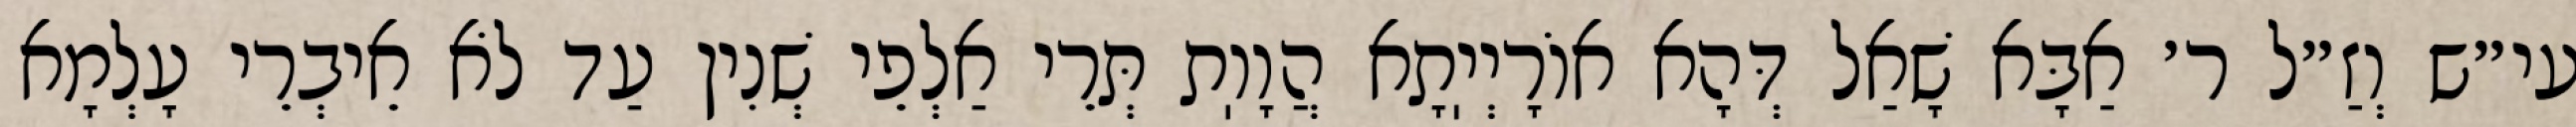
עי״ש וְזַ״ל ר׳ אַבָּא שָׁאַל דְּהָא אוֹרָיְיֽתָא הֲוָוֽת תְּרֵי אַלְפֵי שְׁנִין עַד לֹא אֵיבְרֵי עָלְמָא